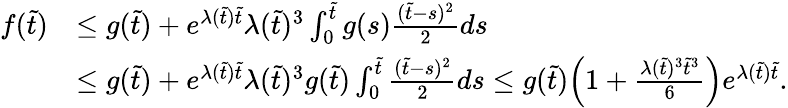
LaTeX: \begin{array}{rl}{f(\tilde{t})}&{\leq g(\tilde{t})+e^{\lambda(\tilde{t})\tilde{t}}\lambda(\tilde{t})^{3}\int_{0}^{\tilde{t}}g(s)\frac{(\tilde{t}-s)^{2}}{2}ds}\\ &{\leq g(\tilde{t})+e^{\lambda(\tilde{t})\tilde{t}}\lambda(\tilde{t})^{3}g(\tilde{t})\int_{0}^{\tilde{t}}\frac{(\tilde{t}-s)^{2}}{2}ds\leq g(\tilde{t})\Big(1+\frac{\lambda(\tilde{t})^{3}\tilde{t}^{3}}{6}\Big)e^{\lambda(\tilde{t})\tilde{t}}.}\end{array}